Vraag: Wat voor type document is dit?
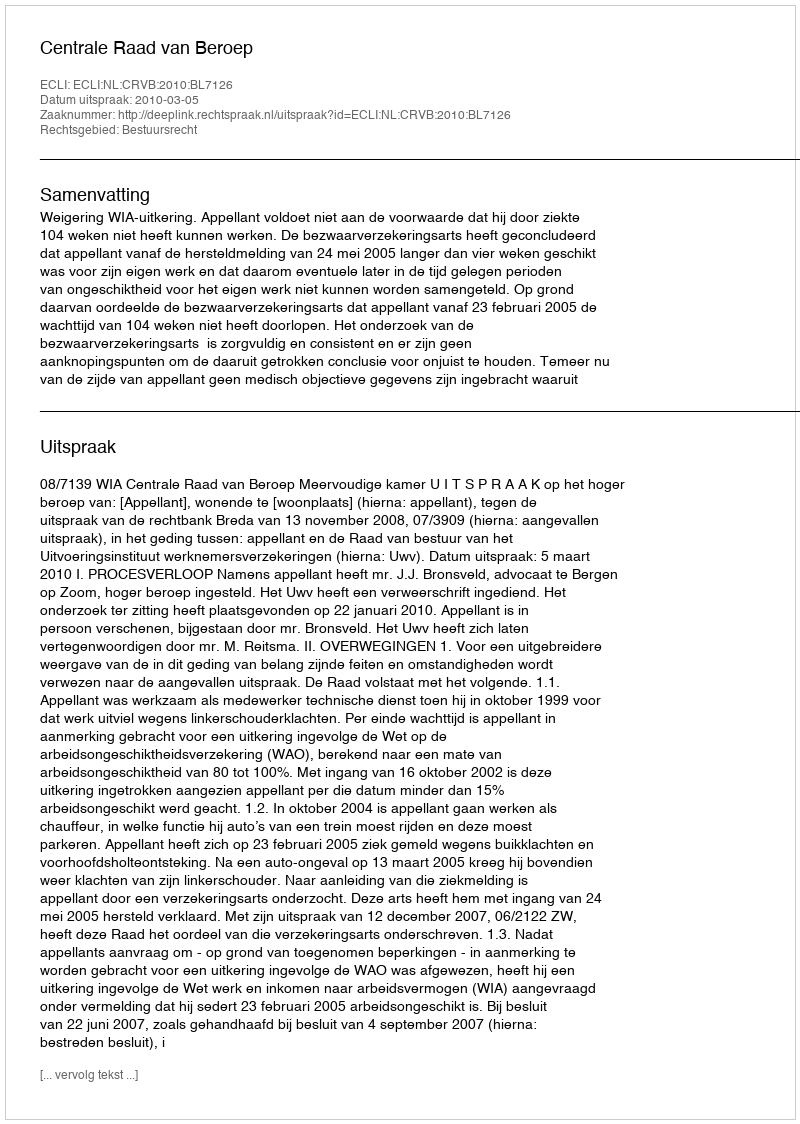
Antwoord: Uitspraak